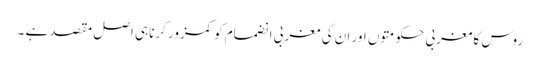
روس کا مغربی حکومتوں اور ان کی مغربی انضمام کو کمزور کرناہی اصل مقصد ہے ۔